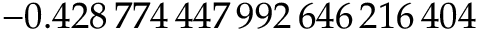
- 0 . 4 2 8 \, 7 7 4 \, 4 4 7 \, 9 9 2 \, 6 4 6 \, 2 1 6 \, 4 0 4